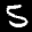
Label: 5